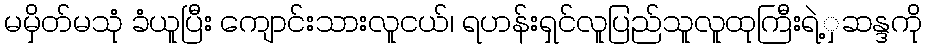
မမှိတ်မသုံ ခံယူပြီး ကျောင်းသားလူငယ်၊ ရဟန်းရှင်လူပြည်သူလူထုကြီးရဲ့ှဆန္ဒကို